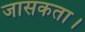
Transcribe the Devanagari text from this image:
जासकता।